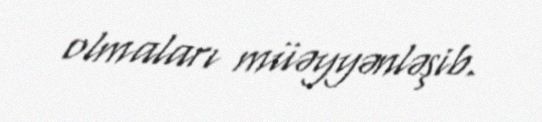
olmaları müəyyənləşib.